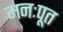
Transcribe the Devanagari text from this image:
मनःपूत